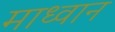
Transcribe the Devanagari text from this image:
माध्वान